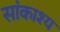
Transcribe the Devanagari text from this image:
सांकाश्य